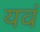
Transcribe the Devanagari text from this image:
यवं